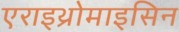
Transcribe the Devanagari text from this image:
एराइथ्रोमाइसिन